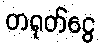
တရုတ်ငွေ